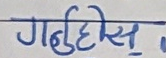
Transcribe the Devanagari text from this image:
गन्हुदीस्